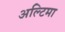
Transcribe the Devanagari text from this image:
अल्टिमा